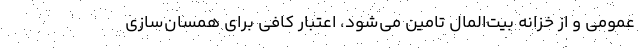
عمومی و از خزانه بیت‌المال تامین می‌شود، اعتبار کافی برای همسان‌سازی